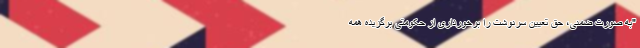
"به صورت ضمنی، حق تعیین سرنوشت را برخورداری از حکومتی برگزیده همه